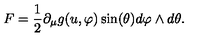
F = \frac { 1 } { 2 } \partial _ { \mu } g ( u , \varphi ) \sin ( \theta ) d \varphi \wedge d \theta .